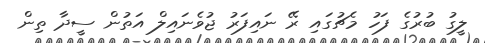
ލީގު ބުރުގެ ފަހު މެޗުގައި ރޭ ނައިފަރު ޖުވެނައިލް އަތުން ސީދާ ތިން